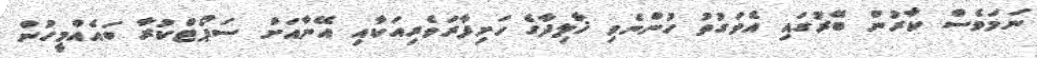
ނަމަވެސް ކާރުން ބޭރުގައި އެވަގުތު ހުންނެވި ޚާލިދާގެ ހަށިފާރަވެރިއަކާއި އޭނާއަށް ސަޕޯޓްކުރާ ބައެއްމީހުން